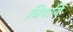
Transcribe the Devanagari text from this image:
विषयि